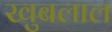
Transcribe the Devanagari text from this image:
खुबलाल